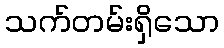
သက်တမ်းရှိသော